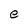
Character: e